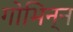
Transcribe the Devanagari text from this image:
गोभिन्न